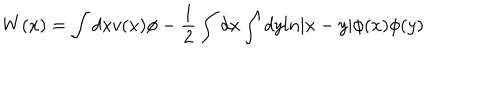
LaTeX: W ( x ) = \int d x v ( x ) \phi - { \frac { 1 } { 2 } } \int d x \int d y l n | x - y | \phi ( x ) \phi ( y )